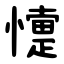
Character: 懥